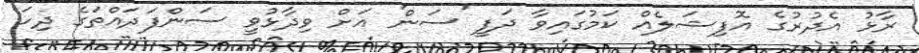
ރާޅު އެދުރުގެ އޮފިޝަލެއް ކަމުގައިވާ ދަފީ 'ސަން' އަށް ވިދާޅުވީ ސަންފަދައްތަގެ ދިހަ